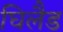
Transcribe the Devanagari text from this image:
घिलैड